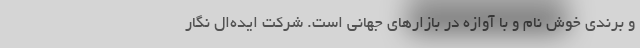
و برندی خوش نام و با آوازه در بازارهای جهانی است. شرکت ایده‌ال نگار